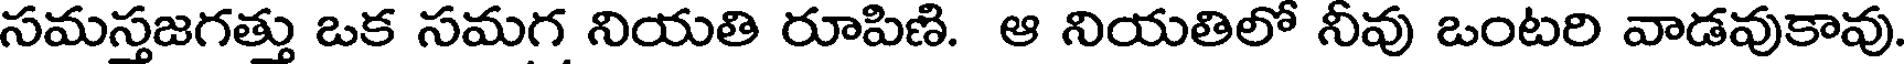
సమస్తజగత్తు ఒక సమగ నియతి రూపిణి. ఆ నియతిలో నీవు ఒంటరి వాడవుకావు